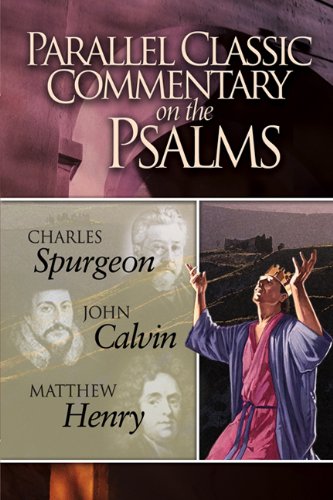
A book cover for Parallel Classic Commentary on the Psalms; Charles Haddon Spurgeon; Christian Books & Bibles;